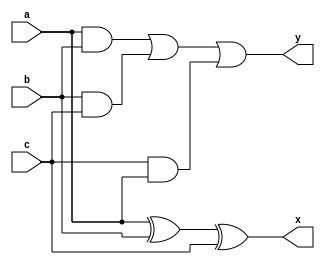
module fun(output x,y,input a,b,c);
 wire t1,t2,t3;
 and(t1,a,b),(t2,b,c),(t3,c,a);
 xor(x,a,b,c);
 or(y,t1,t2,t3);
endmodule

module main;
 reg a,b,c;
 wire x,y;
 fun instance0(x,y,a,b,c);
 initial begin
  $dumpfile("outp.vcd");
  $dumpvars(1);
  $display("Function\n a b c   s  c");
  $monitor(a," ",b," ",c,"  ",x,"  ",y);
  a=0;b=0;c=0;
  #1; a=0;b=0;;c=1;
  #1; a=0;b=1;c=0;
  #1; a=0;b=1;c=1;
  #1; a=1;b=0;c=0;
  #1; a=1;b=0;c=1;
  #1; a=1;b=1;c=0;
  #1; a=1;b=1;c=1;
  #1;
 end
endmodule